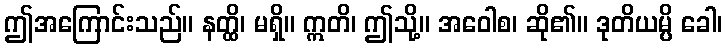
ဤအကြောင်းသည်။ နတ္ထိ၊ မရှိ။ ဣတိ၊ ဤသို့။ အဝေါစ၊ ဆို၏။ ဒုတိယမ္ပိ ခေါ၊